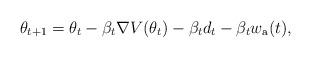
LaTeX: \begin{align*} \theta_{t+1} = \theta_t - \beta_t \nabla V(\theta_t) - \beta_t d_t - \beta_t w_{\rm a}(t),\end{align*}